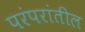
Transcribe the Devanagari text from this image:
परंपरांतील